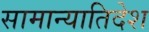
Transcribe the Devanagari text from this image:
सामान्यातिदेश